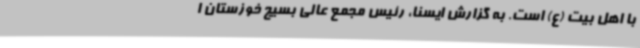
با اهل بیت (ع) است. به گزارش ایسنا، رئیس مجمع عالی بسیج خوزستان ا